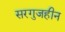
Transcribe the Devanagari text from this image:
सरगुजहीन